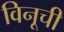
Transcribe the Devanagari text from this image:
विनूची